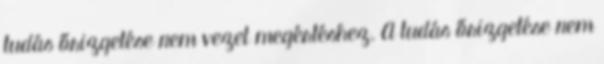
tudás őrizgetése nem vezet megértéshez. A tudás őrizgetése nem